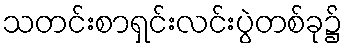
သတင်းစာရှင်းလင်းပွဲတစ်ခု၌